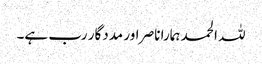
للہ الحمد ہمارا ناصر اور مددگار رب ہے۔